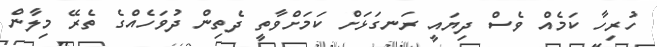
ހުރިހާ ކަމެއް ވެސް ދިޔައީ ރަނގަޅަށް ކަމަށްވާތީ ދެތިން ދުވަހެއްގެ ތެރޭ މިލާން